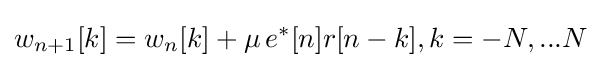
w_{n+1}[k]=w_{n}[k]+\mu \,e^{*}[n]r[n-k],k=-N,...N